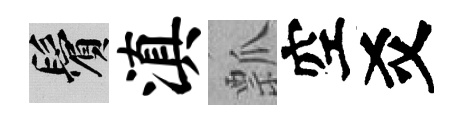
鬢滇瓢空爻